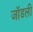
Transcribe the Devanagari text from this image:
जॉडली